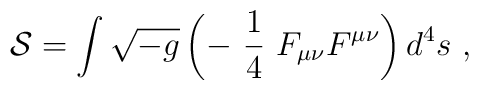
{\cal S}=\int \sqrt{-g}\left(-\ \frac{1}{4}\ F_{\mu \nu}F^{\mu \nu}\right)d^4s\ ,